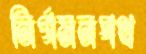
নির্গমনপথ